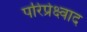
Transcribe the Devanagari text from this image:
परिप्रेक्ष्वाद